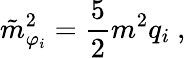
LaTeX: \tilde{m}_{\varphi_{i}}^{2}=\frac{5}{2}m^{2}q_{i}~,